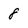
Character: 8